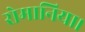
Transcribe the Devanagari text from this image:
रोमानिया।